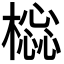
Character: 𣛚